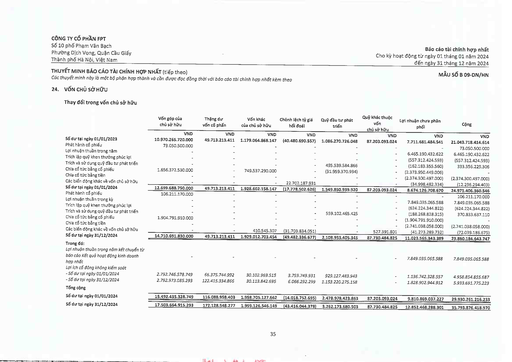
||Vốn góp của chủ sở hữu|Thặng dư vốn cổ phần|Vốn khác của chủ sở hữu|Chênh lệch tỷ giá hối đoái|Quỹ đầu tư phát triển|Quỹ khác thuộc vốn chủ sở hữu|Lợi nhuận chưa phân phối|Cộng| |---|---|---|---|---|---|---|---|---|